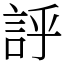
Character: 𧦝